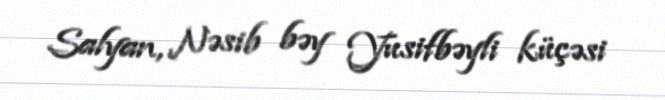
Salyan, Nəsib bəy Yusifbəyli küçəsi